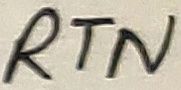
Text: RTN